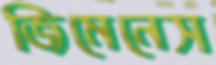
জিমেনেস